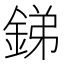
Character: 銻